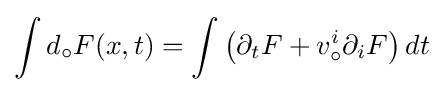
\int d_{\circ }F(x,t)=\int \left(\partial _{t}F+v_{\circ }^{i}\partial _{i}F\right)dt